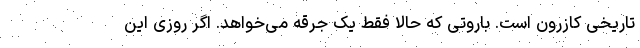
تاریخی کازرون است. باروتی که حالا فقط یک جرقه می‌خواهد. اگر روزی این